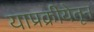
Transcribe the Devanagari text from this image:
याप्रक्रीयेतून